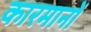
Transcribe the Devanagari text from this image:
कारमानों